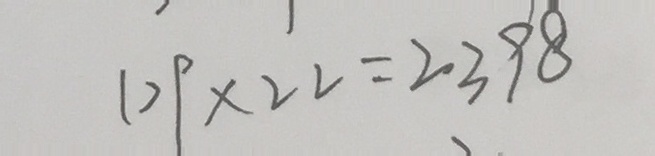
1 0 9 \times 2 2 = 2 3 9 8